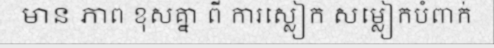
មាន ភាព ខុសគ្នា ពី ការស្លៀក សម្លៀកបំពាក់